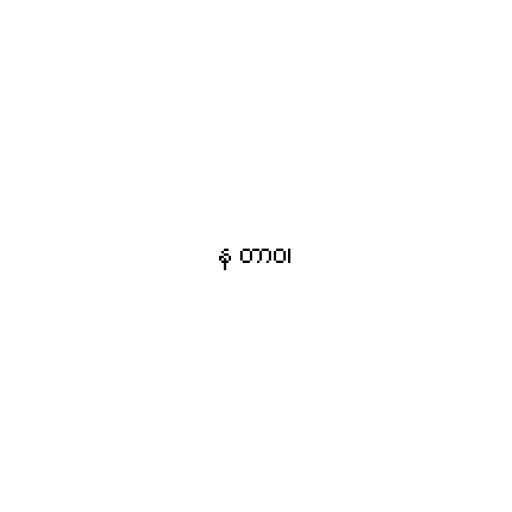
န တာဝ၊